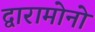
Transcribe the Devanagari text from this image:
द्वारामोनो